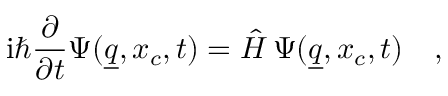
\mathrm { i } \hbar \frac { \partial } { \partial t } \Psi ( \underline { { q } } , x _ { c } , t ) = \hat { H } \, \Psi ( \underline { { q } } , x _ { c } , t ) \quad ,